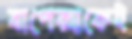
বাপেক্সকেই